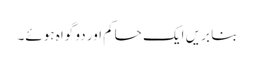
بنا بریں ایک حاکم اور دو گواہ ہوئے۔